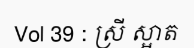
Vol 39 : ស្រី ស្អាត